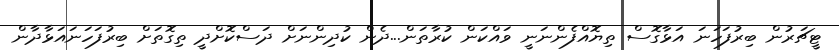
ޓީޗަރުން ބިރުފަހަނަ އަޅާގޮސް ތިޔޮއްފެންނަނީ ވައްކަން ކުރާތަން...ދެން ކުދިންނަށް ދަސްކޮށްދީ ތިގޮތަށް ބިރުފަހަނައަޅާދާން